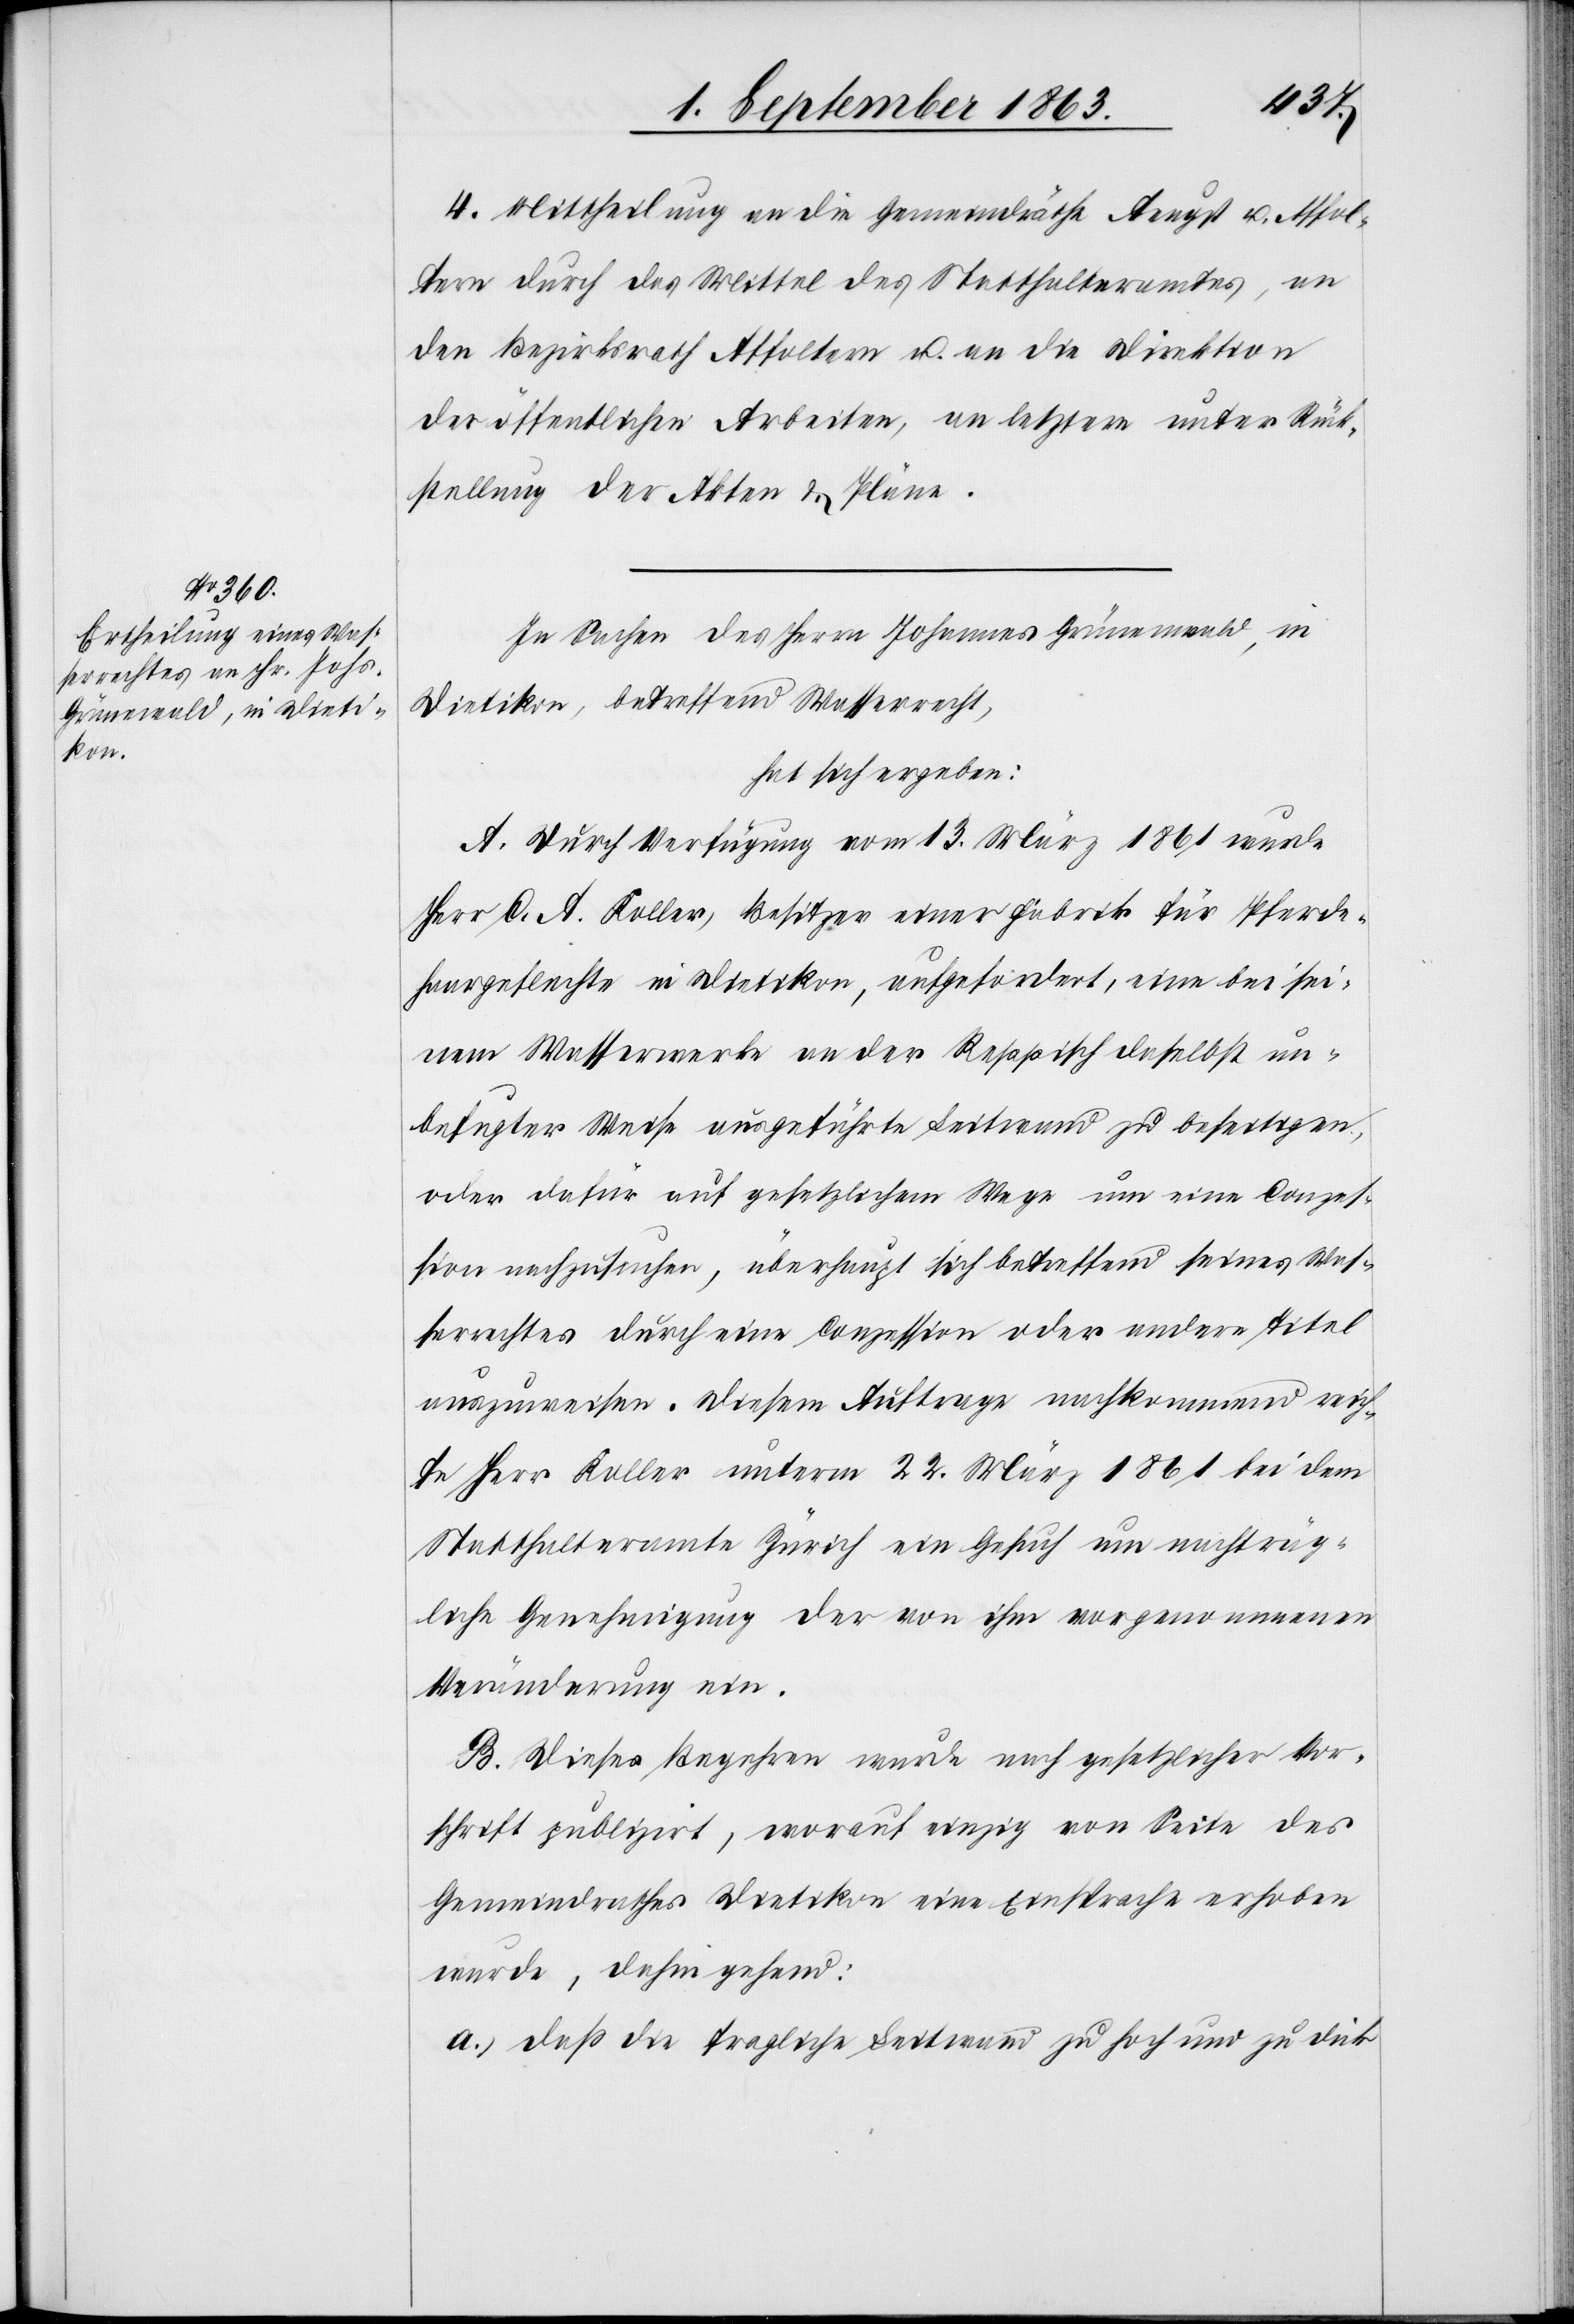
4. Mittheilung an die Gemeindräthe Aeugst u. Affol¬
tern durch das Mittel des Statthalteramtes, an
den Bezirksrath Affoltern u. an die Direktion
der öffentlichen Arbeiten, an letztere unter Rück¬
stellung der Akten & Pläne.
In Sachen des Herrn Johannes Grünenwald
Dietikon, betreffend Wasserrecht,
hat sich ergeben:
A. Durch Verfügung vom 13. März 1861 wurde
Herr C. A. Koller, Besitzer einer Fabrik für Pferde¬
haargeflechte in Dietikon, aufgefordert, eine bei sei¬
nem Wasserwerke an der Reppisch daselbst un¬
befugter Weise ausgeführte Leitwand zu beseitigen,
oder dafür auf gesetzlichem Wege um eine Conzes¬
sion nachzusuchen, überhaupt sich betreffend seines Was¬
serrechtes durch eine Conzession oder andere Titel
auszuweisen. Diesem Auftrage nachkommend reich¬
te Herr Koller unterm 22. März 1861 bei dem
Statthalteramte Zürich ein Gesuch um nachträg¬
liche Genehmigung der von ihm vorgenommenen
Veränderung ein.
B. Dieses Begehren wurde nach gesetzlicher Vor¬
schrift publizirt, worauf einzig von Seite des
Gemeindrathes Dietikon eine Einsprache erhoben
wurde, dahin gehend:
a.) daß die fragliche Leitwand zu hoch und zu dick